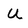
Character: U